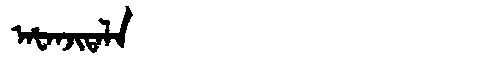
Manchu: ᠠᡶᠠᠨᠵᡳᡨᠠᠯᠠ
Romanization: AFANJITALA